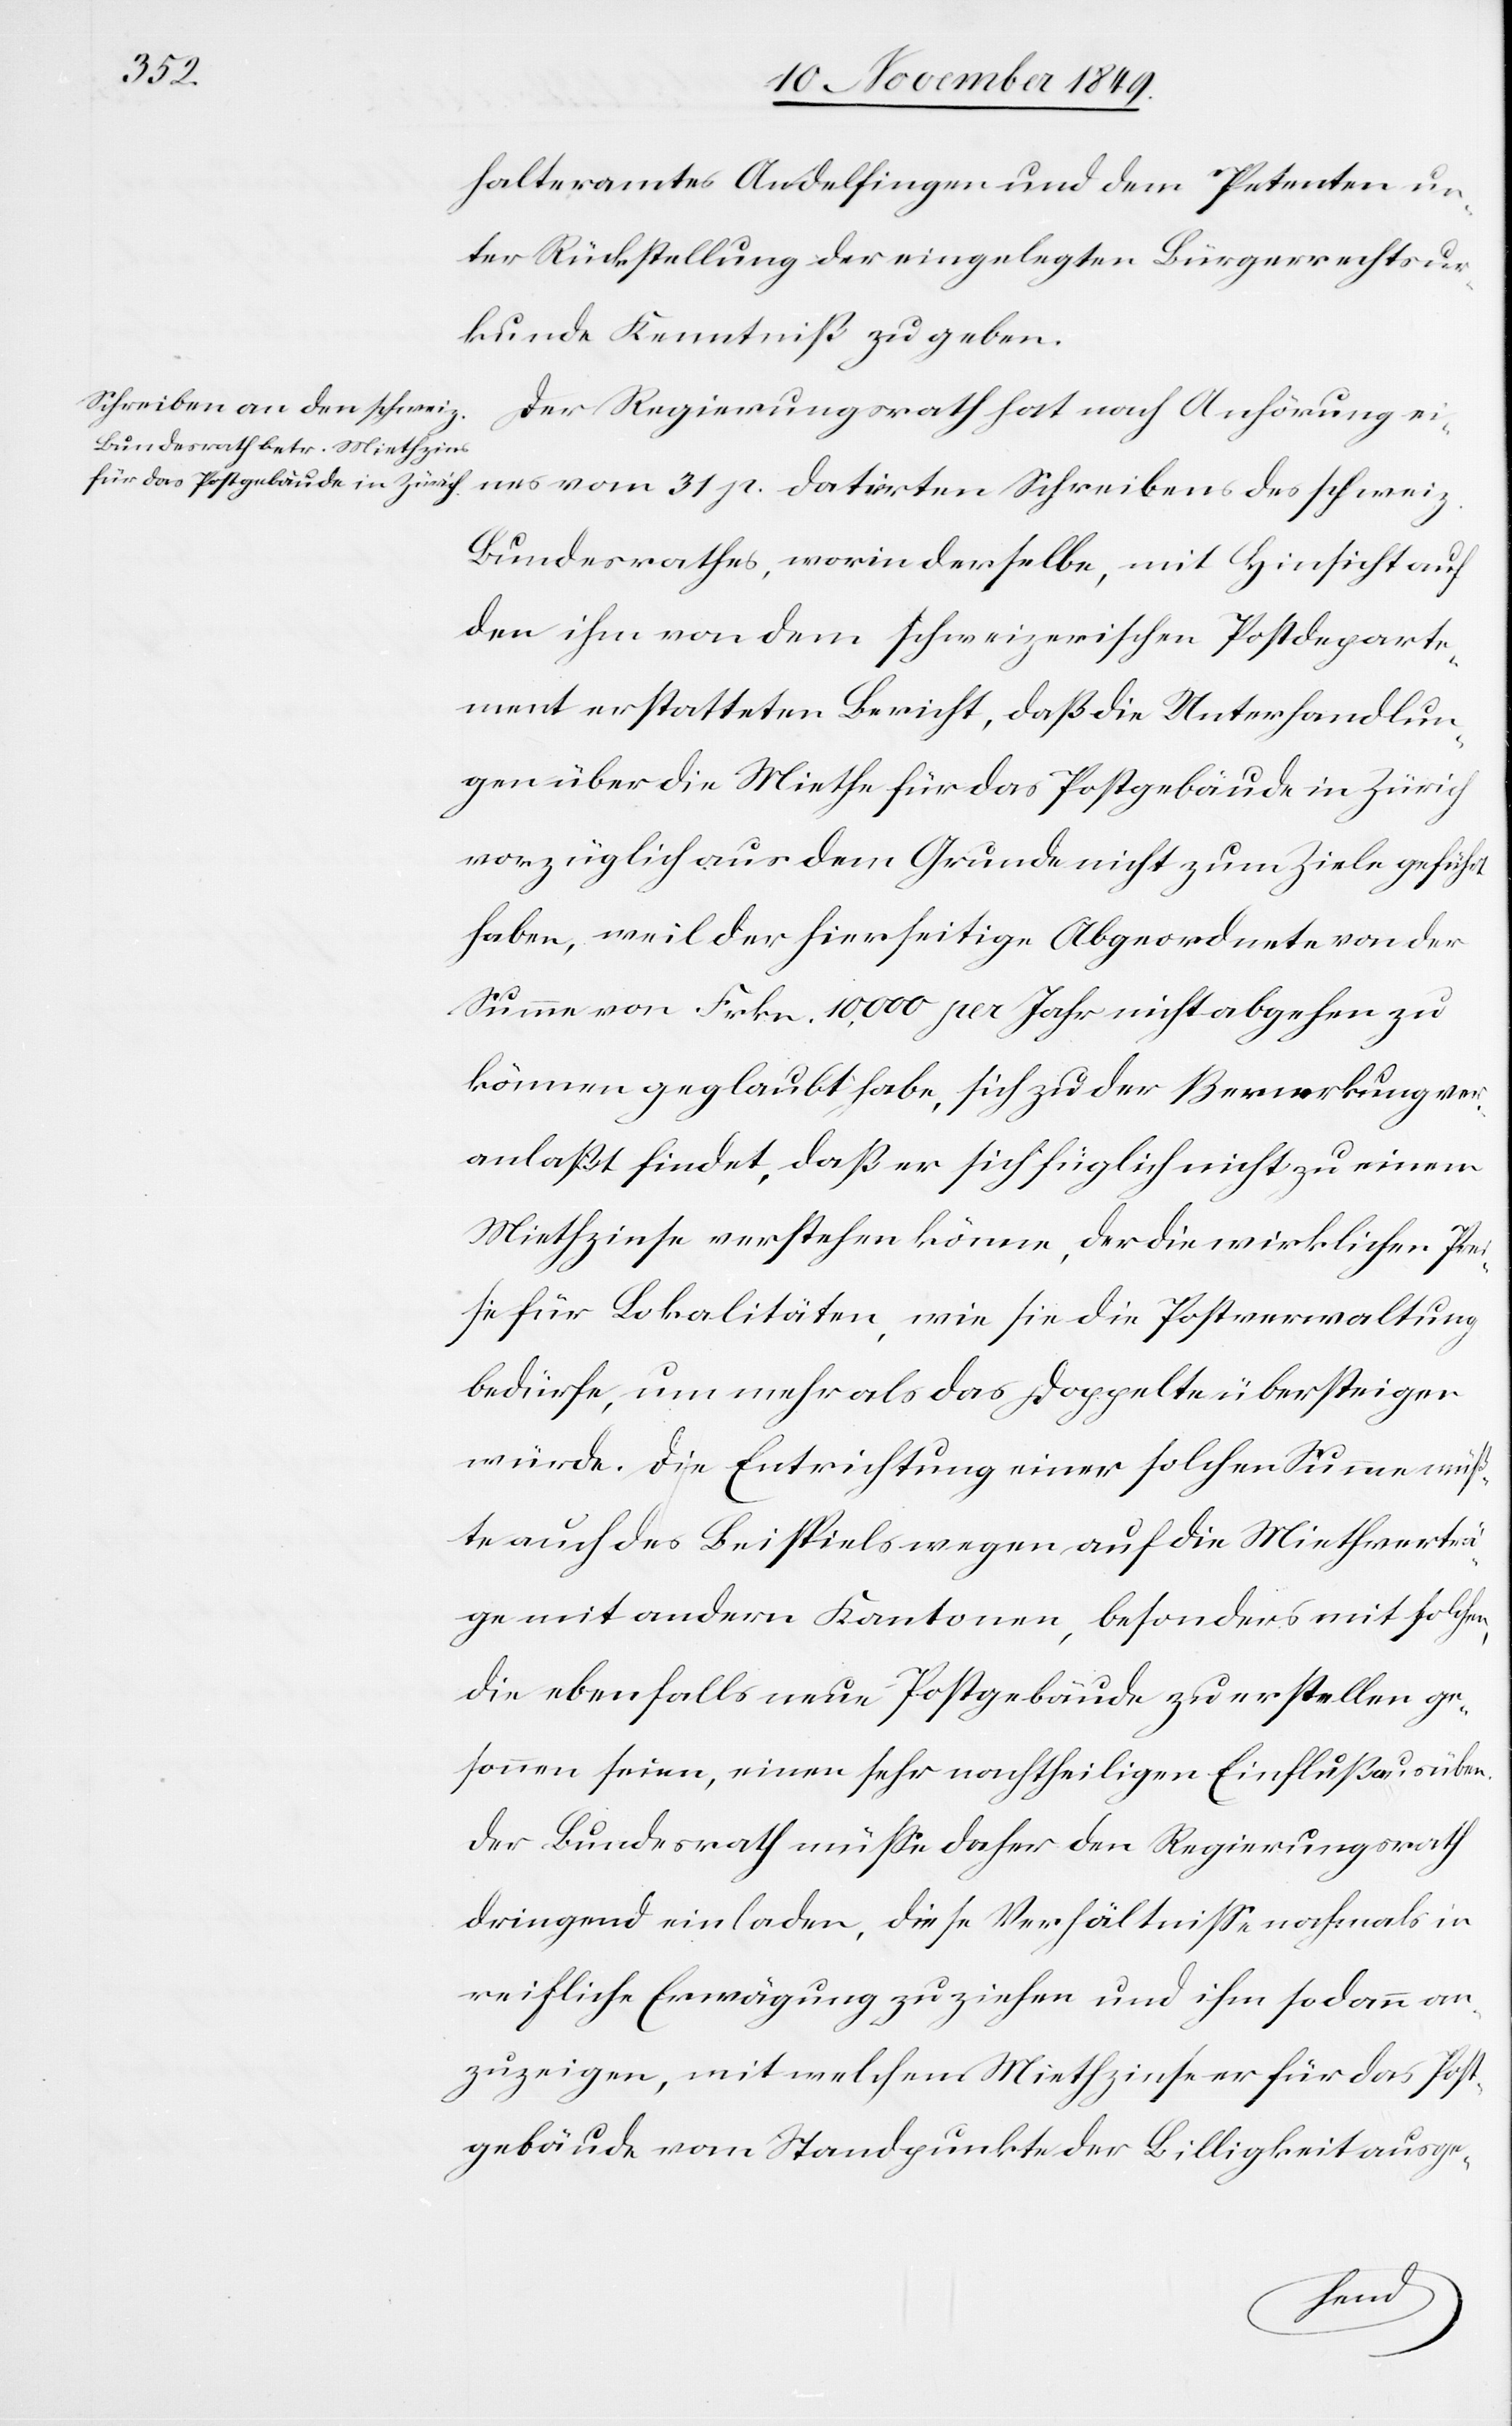
halteramtes Andelfingen und dem Petenten un¬
ter Rückstellung der eingelegten Bürgerrechtsur¬
kunde Kenntniß zu geben.
Der Regierungsrath hat nach Anhörung ei¬
nes vom 31 p. datirten Schreibens des schweiz.
Bundesrathes, worin derselbe, mit Hinsicht auf
den ihm von dem schweizerischen Postdeparte¬
ment erstatteten Bericht, daß die Unterhandlun¬
gen über die Miethe für das Postgebäude in Zürich
vorzüglich aus dem Grunde nicht zum Ziele geführt
haben, weil der hierseitige Abgeordnete von der
Summe von Frkn. 10,000 pro Jahr nicht abgehen zu
können geglaubt habe, sich zu der Bemerkung ver¬
anlaßt findet, daß er sich füglich nicht zu einem
Miethzinse verstehen könne, der die wirklichen Pre¬
ise für Lokalitäten, wie sie die Postverwaltung
bedürfe, um mehr als das Doppelte übersteigen
würde. Die Entrichtung einer solchen Summe müß¬
te auch des Beispiels wegen auf die Miethverträ¬
ge mit andern Kantonen, besonders mit solchen
die ebenfalls neue Postgebäude zu erstellen er¬
sonnen seien, einen sehr nachtheiligen Einfluß ausüben.
Der Bundesrath müße daher den Regierungsrath
dringend einladen, diese Verhältniße nochmals in
reifliche Erwägung zuziehen und ihm sodann an¬
zuzeigen, mit welchem Miethzinse er für das Post¬
gebäude vom Standpunkte der Billigkeit ausge-